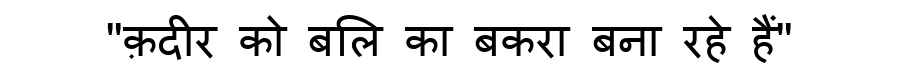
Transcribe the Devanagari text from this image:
"क़दीर को बलि का बकरा बना रहे हैं"